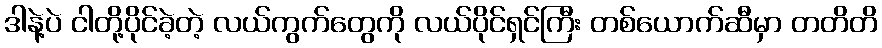
ဒါနဲ့ပဲ ငါတို့ပိုင်ခဲ့တဲ့ လယ်ကွက်တွေကို လယ်ပိုင်ရှင်ကြီး တစ်ယောက်ဆီမှာ တတိတိ